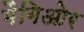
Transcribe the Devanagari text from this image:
मैगिओर